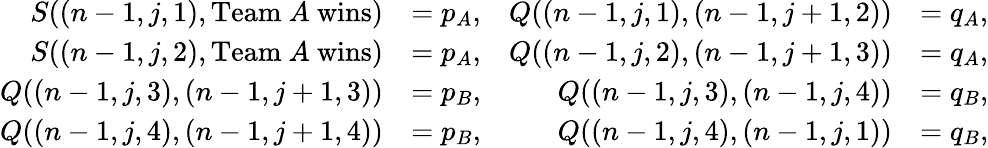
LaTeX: \begin{array}{rlrl}{S((n-1,j,1),\mathrm{Team~}A\mathrm{~wins})}&{=p_{A},}&{Q((n-1,j,1),(n-1,j+1,2))}&{=q_{A},}\\ {S((n-1,j,2),\mathrm{Team~}A\mathrm{~wins})}&{=p_{A},}&{Q((n-1,j,2),(n-1,j+1,3))}&{=q_{A},}\\ {Q((n-1,j,3),(n-1,j+1,3))}&{=p_{B},}&{Q((n-1,j,3),(n-1,j,4))}&{=q_{B},}\\ {Q((n-1,j,4),(n-1,j+1,4))}&{=p_{B},}&{Q((n-1,j,4),(n-1,j,1))}&{=q_{B},}\end{array}